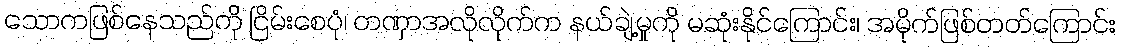
သောကဖြစ်နေသည်ကို ငြိမ်းစေပုံ၊ တဏှာအလိုလိုက်က နယ်ချဲ့မှုကို မဆုံးနိုင်ကြောင်း၊ အမိုက်ဖြစ်တတ်ကြောင်း